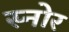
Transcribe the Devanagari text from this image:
स्नोर